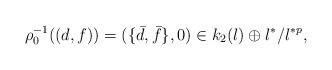
LaTeX: \begin{align*} \rho_0^{-1}((d,f))= (\{\bar{d},\bar{f}\},0) \in k_2(l) \oplus l^*/ l^{*p}, \end{align*}